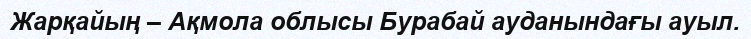
Жарқайың – Ақмола облысы Бурабай ауданындағы ауыл.